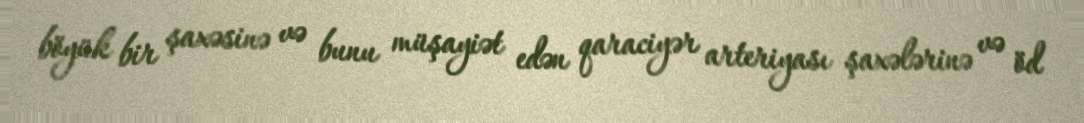
böyük bir şaxəsinə və bunu müşayiət edən qaraciyər arteriyası şaxələrinə və öd